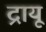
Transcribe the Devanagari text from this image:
द्रायू